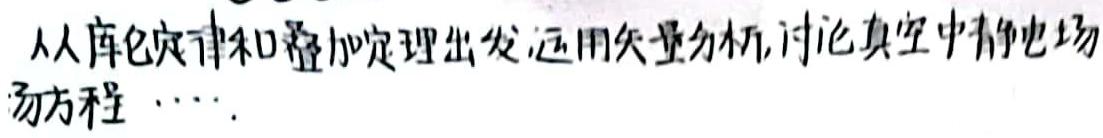
从库仑定律和叠加定理出发,运用矢量分析,讨论真空中静电场场方程 $\cdots$.